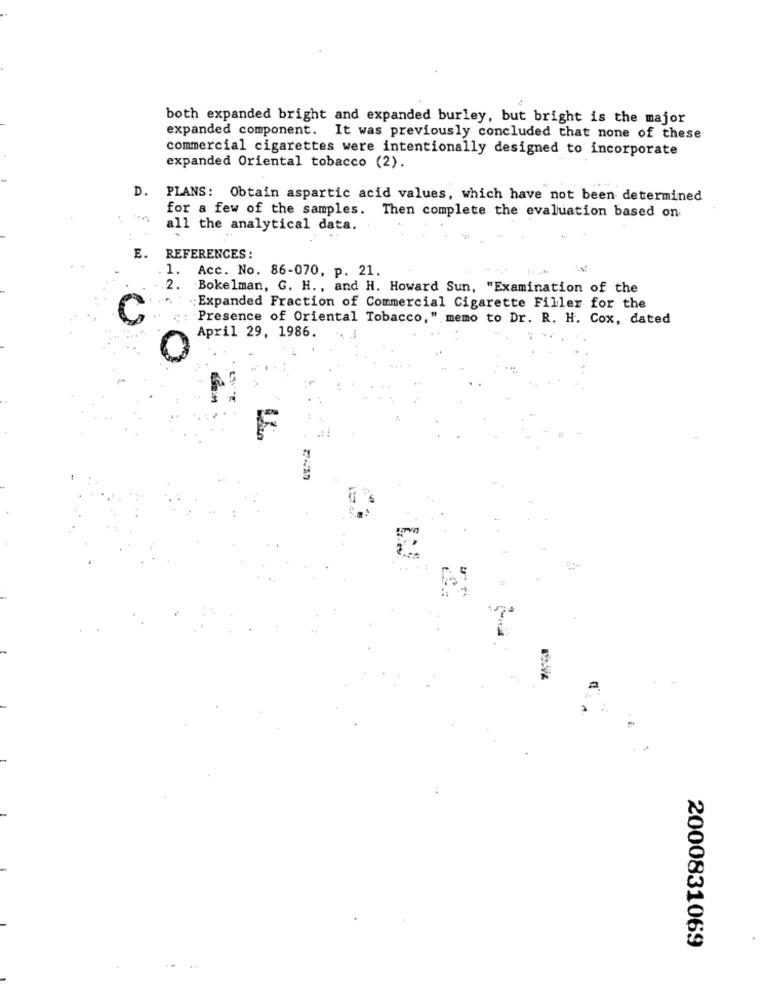
both expanded bright and expanded burley, but bright is the major
expanded component. It was previously concluded that none of these
commercial cigarettes were intentionally designed to incorporate
expanded Oriental tobacco (2).
D.
PLANS: Obtain aspartic acid values, which have not been determined
for a few of the samples. Then complete the evaluation based on
all the analytical data.
E. REFERENCES:
1.
Acc. No. 86-070, p. 21.
2.
Bokelman, G. H ., and H. Howard Sun, "Examination of the
.Expanded Fraction of Commercial Cigarette Filler for the
..
": Presence of Oriental Tobacco," memo to Dr. R. H. Cox, dated
April 29, 1986.
3
2000831069